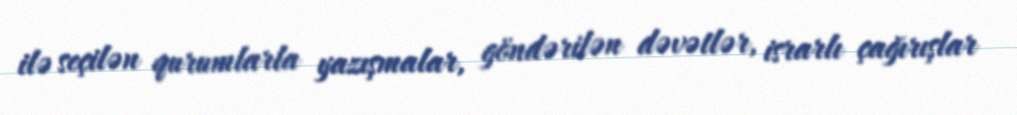
ilə seçilən qurumlarla yazışmalar, göndərilən dəvətlər, israrlı çağırışlar